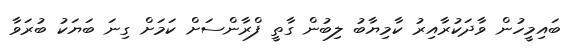
ބައިމީހުން ވާދަކުރާއިރު ކާމިޔާބު ލިބުން ގާތީ ފްރާންސަށް ކަމަށް ގިނަ ބަޔަކު ބުރަވާ